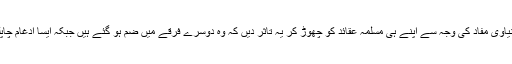
اب رہا ادغام تو ادغام یہ ہے کہ شیعہ اور سنی ایک دوسرے کے ڈر سے یا کسی سیاسی و دنیاوی مفاد کی وجہ سے اپنے ہی مسلمہ عقائد کو چھوڑ کر یہ تاثر دیں کہ وہ دوسرے فرقے میں ضم ہو گئے ہیں جبکہ ایسا ادغام چاپلوسی جھوٹ اور منافقت پر تو منتہج ہو سکتا ہے لیکن اتحادِ اسلامی کا ترجمان نہیں ہو سکتا۔